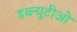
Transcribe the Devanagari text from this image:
डब्‍ल्‍यूटीओ